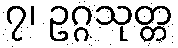
၇၊ ဥဂ္ဂသုတ္တ